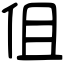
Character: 伹